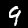
Label: 9